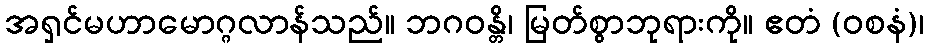
အရှင်မဟာမောဂ္ဂလာန်သည်။ ဘဂဝန္တိ၊ မြတ်စွာဘုရားကို။ ဧတံ (ဝစနံ)၊